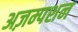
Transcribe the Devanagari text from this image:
अज़म्पशन